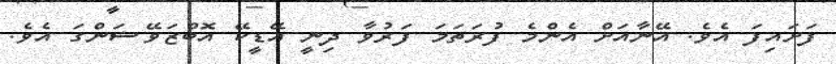
ފަށައިފަ އެވެ. އޭނާއަށް އެންމެ ފުރަތަމަ ފަރުވާ ދިނީ އޭޑީކޭ އޮބްޒަވޭޝަންގަ އެވެ.